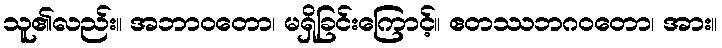
သူ၏လည်း။ အဘာဝတော၊ မရှိခြင်းကြောင့်။ ဧတဿဘဂဝတော၊ အား။